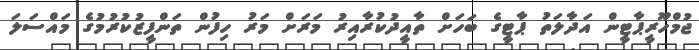
ޖުމްހޫރީޕާޓީން އަދާލަތު ޕާޓީގެ ބަހަށް ތާއީދުކުރާއިރު މަރަށް މަރު ހިފުން ތަންފީޒުކުރުމުގެ މައްސަލަ